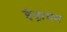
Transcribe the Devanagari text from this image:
इंद्रायण